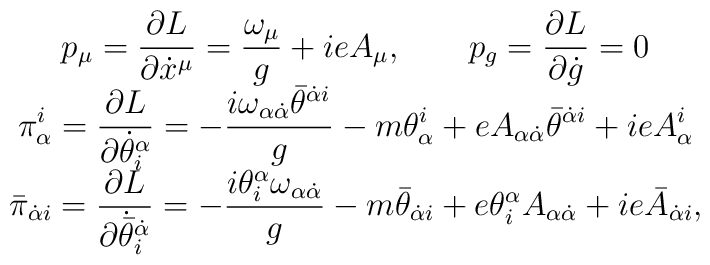
\begin{array}{c}{\displaystyle p_{\mu}=\frac{\partial L}{\partial\dot x^{\mu}}=\frac{\omega_{\mu}}{g}+ieA_{\mu},\hspace{2em} p_{g}=\frac{\partial L}{\partial\dot g}=0}\\{\displaystyle \pi^i_{\alpha}=\frac{\partial L} {\partial\dot\theta^{\alpha}_i}=-\frac{i\omega_{\alpha\dot\alpha}\bar\theta^{\dot\alpha i}}{g}-m\theta^i_{\alpha}+eA_{\alpha\dot\alpha}\bar\theta^{\dot\alpha i}+ieA^i_{\alpha}}\\{\displaystyle\bar\pi_{\dot\alpha i}=\frac{\partial L}{\partial\dot{\bar\theta}\mathstrut^{\dot\alpha }_i}=-\frac{i\theta^{\alpha}_i\omega_{\alpha\dot\alpha}}{g}-m\bar\theta_{\dot\alpha i}+e\theta^{\alpha}_iA_{\alpha\dot\alpha}+ie\bar A_{\dot\alpha i},} \end{array}